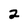
Character: 2